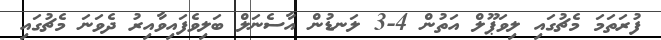
ފުރަތަމަ މެޗުގައި ލިވަޕޫލް އަތުން 4-3 ލަނޑުން އާސެނަލް ބަލިވެފައިވާއިރު ދެވަނަ މެޗުގައި